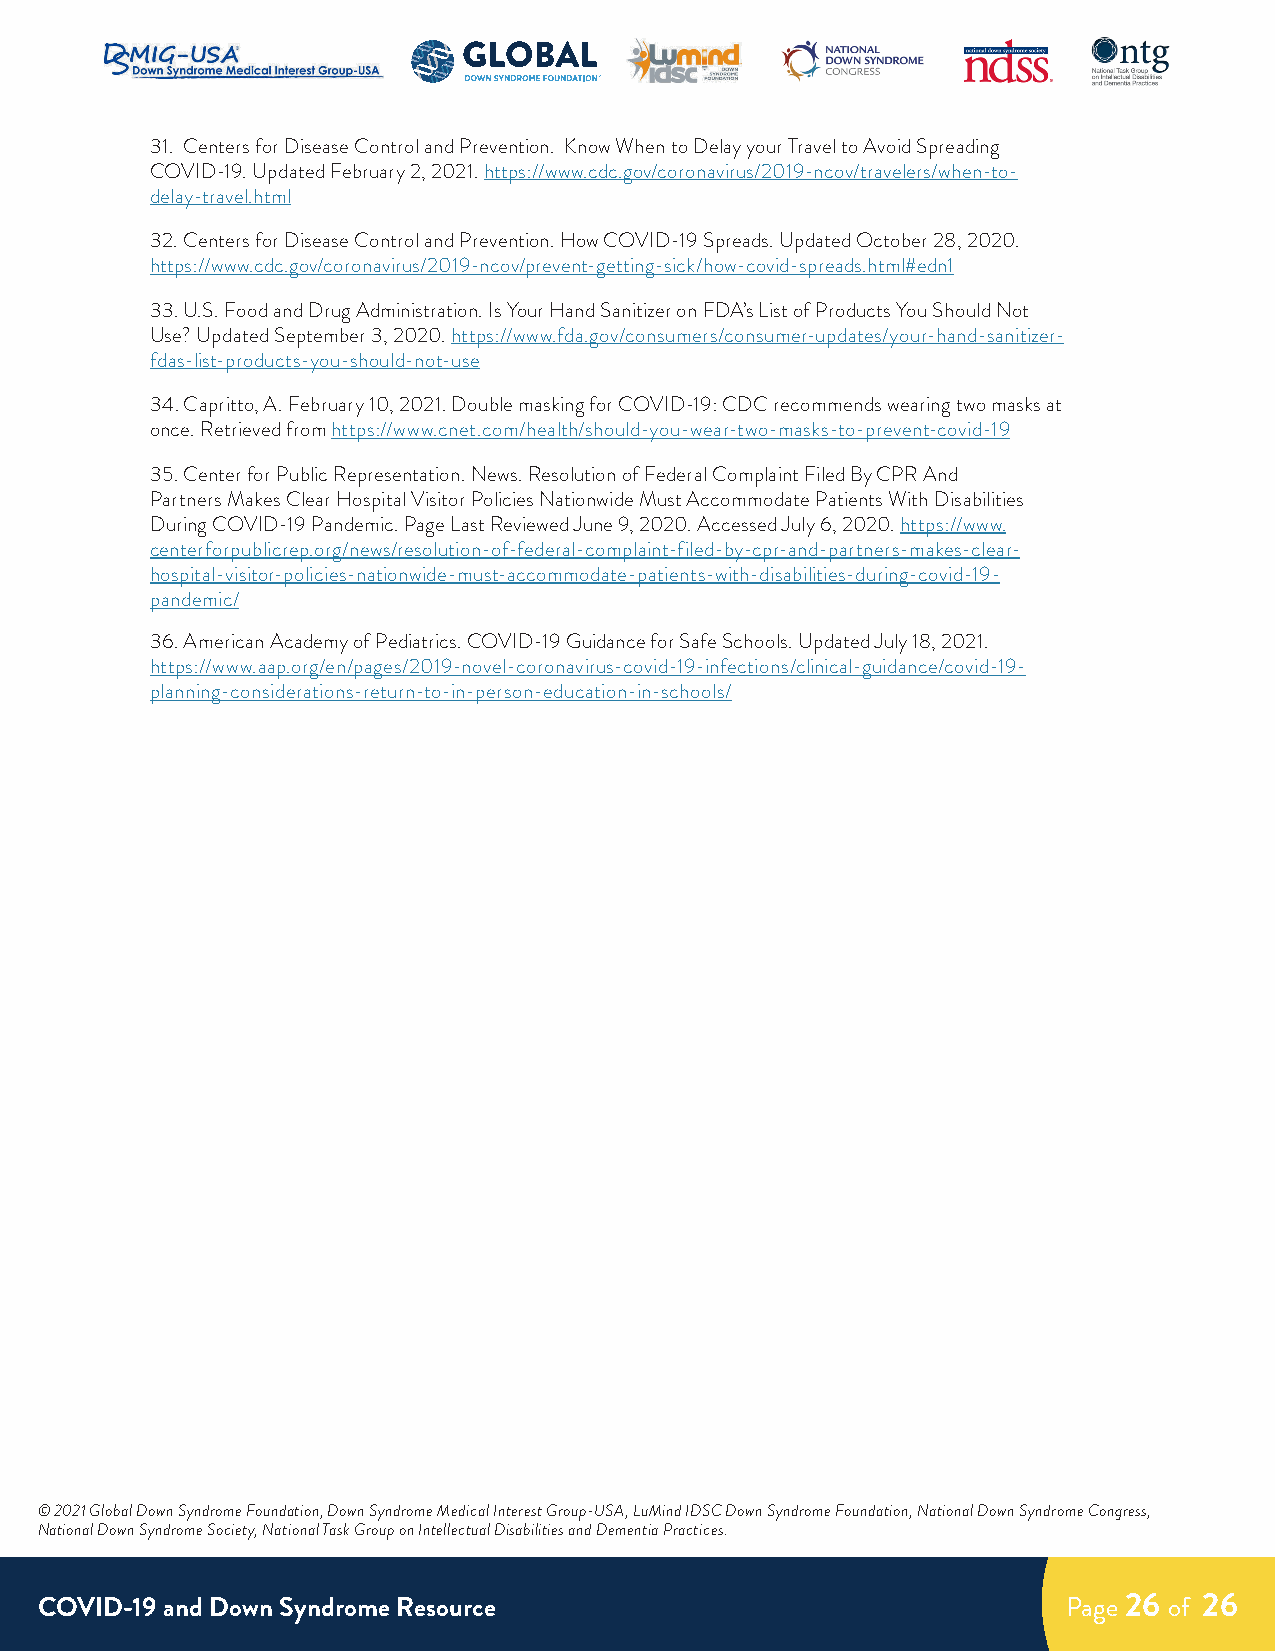
31. Centers for Disease Control and Prevention. Know When to Delay your Travel to Avoid Spreading
 COVID-19. Updated February 2, 2021. https://www.cdc.gov/coronavirus/2019-ncov/travelers/when-to-
 delay-travel.html
 32. Centers for Disease Control and Prevention. How COVID-19 Spreads. Updated October 28, 2020.
 https://www.cdc.gov/coronavirus/2019-ncov/prevent-getting-sick/how-covid-spreads.html#edn1
 33. U.S. Food and Drug Administration. Is Your Hand Sanitizer on FDA’s List of Products You Should Not
 Use? Updated September 3, 2020. https://www.fda.gov/consumers/consumer-updates/your-hand-sanitizer-
 fdas-list-products-you-should-not-use
 34. Capritto, A. February 10, 2021. Double masking for COVID-19: CDC recommends wearing two masks at
 once. Retrieved from https://www.cnet.com/health/should-you-wear-two-masks-to-prevent-covid-19
 35. Center for Public Representation. News. Resolution of Federal Complaint Filed By CPR And
 Partners Makes Clear Hospital Visitor Policies Nationwide Must Accommodate Patients With Disabilities
 During COVID-19 Pandemic. Page Last Reviewed June 9, 2020. Accessed July 6, 2020. https://www.
 centerforpublicrep.org/news/resolution-of-federal-complaint-filed-by-cpr-and-partners-makes-clear-
 hospital-visitor-policies-nationwide-must-accommodate-patients-with-disabilities-during-covid-19-
 pandemic/
 36. American Academy of Pediatrics. COVID-19 Guidance for Safe Schools. Updated July 18, 2021.
 https://www.aap.org/en/pages/2019-novel-coronavirus-covid-19-infections/clinical-guidance/covid-19-
 planning-considerations-return-to-in-person-education-in-schools/
 © 2021 Global Down Syndrome Foundation, Down Syndrome Medical Interest Group-USA, LuMind IDSC Down Syndrome Foundation, National Down Syndrome Congress,
 National Down Syndrome Society, National Task Group on Intellectual Disabilities and Dementia Practices.
 COVID-19 and Down Syndrome Resource                                  Page 26 of 26